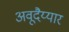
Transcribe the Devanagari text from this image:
अवूदैय्यार